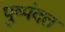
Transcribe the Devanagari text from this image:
पुष्पंदत